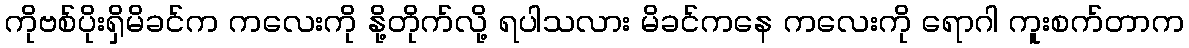
ကိုဗစ်ပိုးရှိမိခင်က ကလေးကို နို့တိုက်လို့ ရပါသလား မိခင်ကနေ ကလေးကို ရောဂါ ကူးစက်တာက